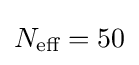
N_{\text{eff}}=50